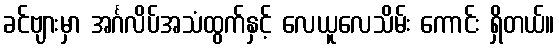
ခင်ဗျားမှာ အင်္ဂလိပ်အသံထွက်နှင့် လေယူလေသိမ်း ကောင်း ရှိတယ်။